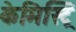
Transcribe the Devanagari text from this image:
केमिस्ट्रि